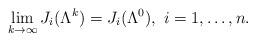
LaTeX: \begin{align*}\lim_{k\rightarrow\infty}J_i(\Lambda^{k}) = J_i(\Lambda^0), \ i=1,\ldots,n.\end{align*}